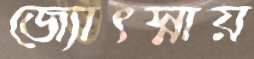
জ্যোৎস্নায়